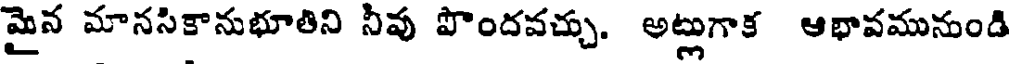
మైన మానసికానుభూతిని నీవు పొందవచ్చు. అట్లుగాక ఆభావమునుండి